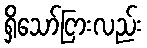
ရှိသော်ငြားလည်း